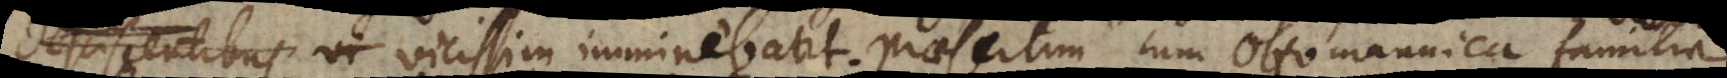
degenerantibus vicissim imminebant, praesertim cum Ottomannica familia